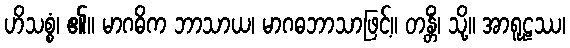
ဟိသစ္စံ၊ ၏။ မာဂဓိက ဘာသာယ၊ မာဂဓဘာသာဖြင့်။ တန္တိံ၊ သို့။ အာရူဠဿ၊